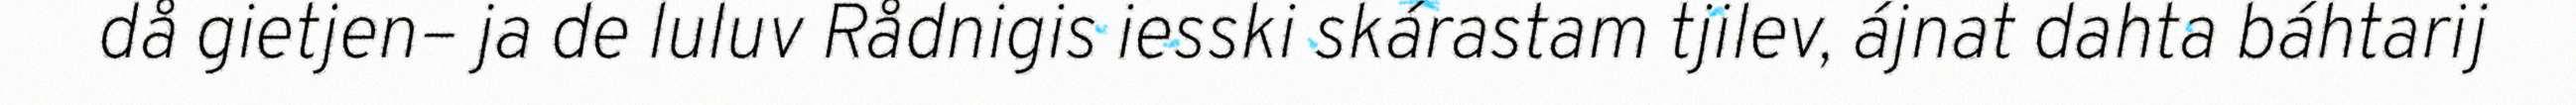
då gietjen– ja de luluv Rådnigis iesski skárastam tjilev, ájnat dahta báhtarij